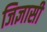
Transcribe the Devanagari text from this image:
जिज्ञासी